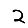
Digit: 2